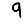
Digit: 9